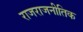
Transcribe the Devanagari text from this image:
राजराजनीतिक